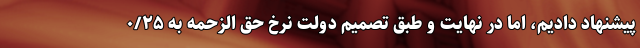
پیشنهاد دادیم، اما در نهایت و طبق تصمیم دولت نرخ حق الزحمه به ۰/۲۵